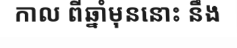
កាល ពីឆ្នាំមុននោះ នឹង